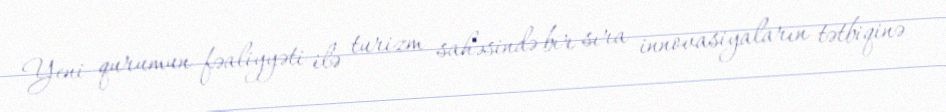
Yeni qurumun fəaliyyəti ilə turizm sahəsində bir sıra innovasiyaların tətbiqinə